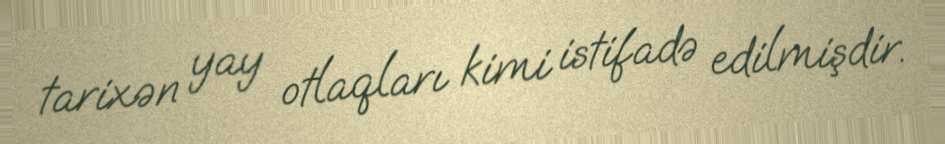
tarixən yay otlaqları kimi istifadə edilmişdir.